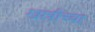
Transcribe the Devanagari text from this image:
खात्रीच्या